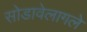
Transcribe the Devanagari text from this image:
सोडावेलागले